Annual report on the Civil Veterinary Department, Burma (including the Insein Veterinary School) - 1932-1941
Year: 1932
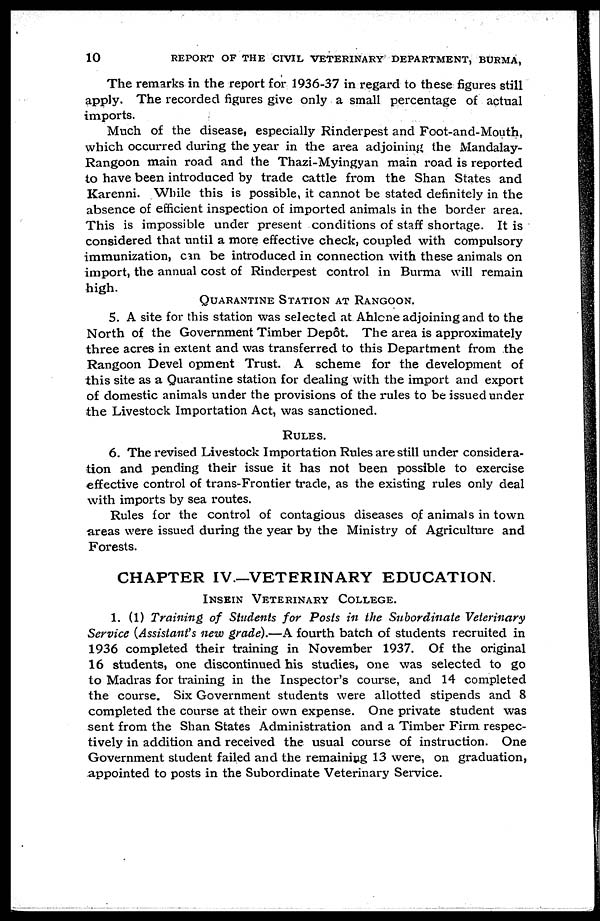
10
REPORT OF THE CIVIL VETERINARY DEPARTMENT, BURMA,
The remarks in the report for 1936-37 in regard to these figures still
apply. The recorded figures give only a small percentage of actual
imports.
Much of the disease, especially Rinderpest and Foot-and-Mouth,
which occurred during the year in the area adjoining the Mandalay-
Rangoon main road and the Thazi-Myingyan main road is reported
to have been introduced by trade cattle from the Shan States and
Karenni. While this is possible, it cannot be stated definitely in the
absence of efficient inspection of imported animals in the border area.
This is impossible under present conditions of staff shortage. It is
considered that until a more effective check, coupled with compulsory
immunization, cm be introduced in connection with these animals on
import, the annual cost of Rinderpest control in Burma will remain
high.
QUARANTINE STATION AT RANGOON.
5. A site for this station was selected at Ahlcne adjoining and to the
North of the Government Timber Depôt. The area is approximately
three acres in extent and was transferred to this Department from the
Rangoon Devel opment Trust. A scheme for the development of
this site as a Quarantine station for dealing with the import and export
of domestic animals under the provisions of the rules to be issued under
the Livestock Importation Act, was sanctioned.
RULES.
6. The revised Livestock Importation Rules are still under considera-
tion and pending their issue it has not been possible to exercise
effective control of trans-Frontier trade, as the existing rules only deal
with imports by sea routes.
Rules for the control of contagious diseases of animals in town
areas were issued during the year by the Ministry of Agriculture and
Forests.
CHAPTER IV.—VETERINARY EDUCATION
INSEIN VETERINARY COLLEGE.
1. (1) Training of Students for Posts in the Subordinate Veterinary
Service (Assistant's new grade).—A fourth batch of students recruited in
1936 completed their training in November 1937. Of the original
16 students, one discontinued his studies, one. was selected to go
to Madras for training in the Inspector's course, and 14 completed
the course. Six Government students were allotted stipends and 8
completed the course at their own expense. One private student was
sent from the Shan States Administration and a Timber Firm respec-
tively in addition and received the usual course of instruction. One
Government student failed and the remaining 13 were, on graduation,
appointed to posts in the Subordinate Veterinary Service.